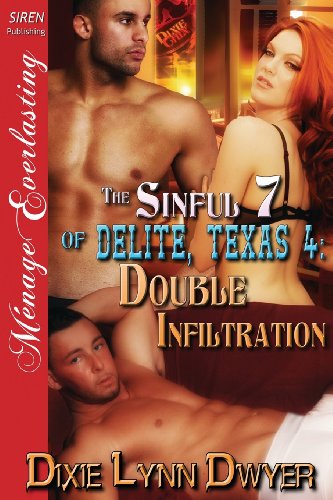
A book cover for The Sinful 7 of Delite, Texas 4: Double Infiltration (Siren Publishing Menage Everlasting); Dixie Lynn Dwyer; Romance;